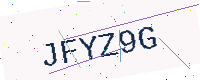
Text: JFYZ9G